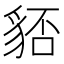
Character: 𧳏